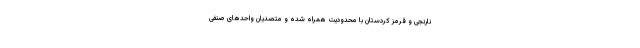
نارنجی و قرمز کردستان با محدودیت همراه شده و متصدیان واحدهای صنفی